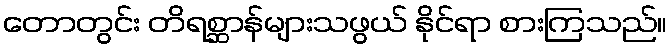
တောတွင်း တိရစ္ဆာန်များသဖွယ် နိုင်ရာ စားကြသည်။